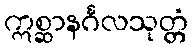
ဣစ္ဆာနင်္ဂလသုတ္တံ